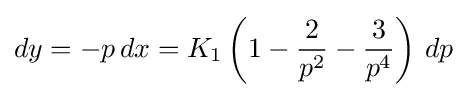
dy=-p\,dx=K_{1}\left(1-{\frac {2}{p^{2}}}-{\frac {3}{p^{4}}}\right)\,dp